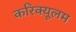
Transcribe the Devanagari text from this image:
करिक्यूलम